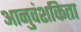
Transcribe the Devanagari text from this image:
आनुवंशकिता